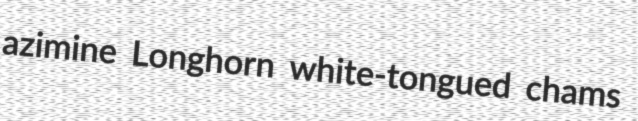
azimine Longhorn white-tongued chams